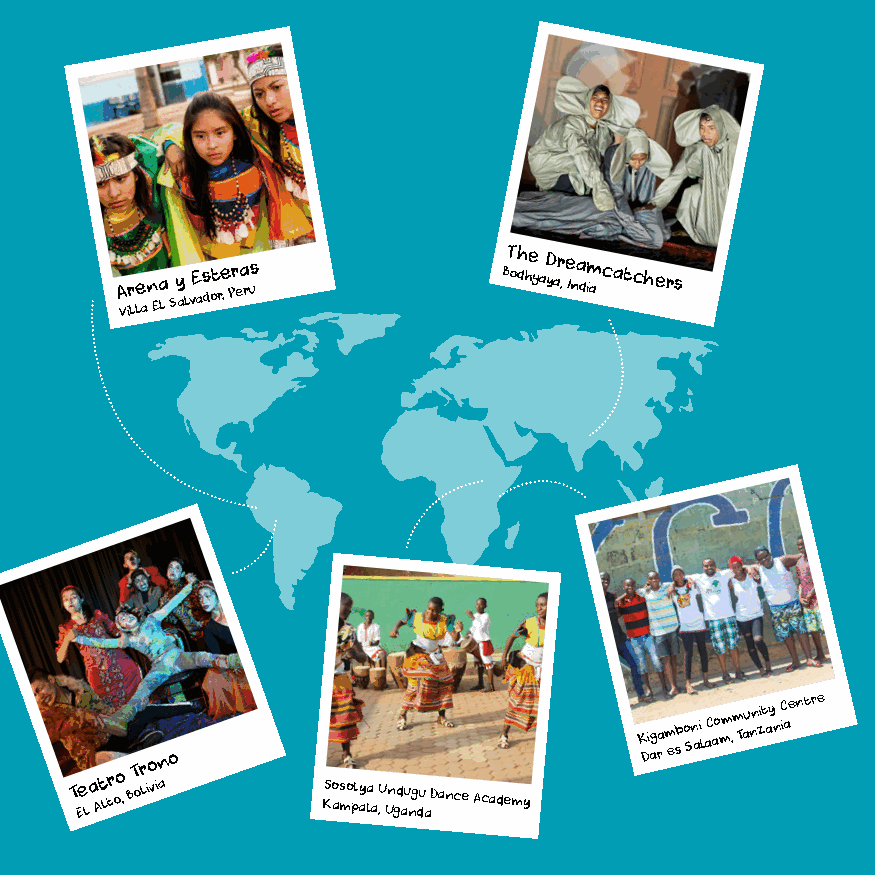
A Vir lle an Ea l Sy al vE as dot re , Pr ea rus BT oh dhe g aD yar , e Ina dm iacatchers
 T Ee la At ltr oo , BT or lio
 viano
 KSo as mo pl ay la
 a
 ,U Un gd au ng du
 a
 Dance Academy
 K Di ag ra m eb s o Sn ai l aC ao mm ,m Tau nn zit ay n C
 iaentre